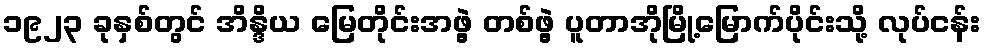
၁၉၂၃ ခုနှစ်တွင် အိန္ဒိယ မြေတိုင်းအဖွဲ့ တစ်ဖွဲ့ ပူတာအိုမြို့မြောက်ပိုင်းသို့ လုပ်ငန်း